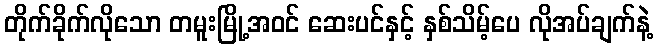
တိုက်ခိုက်လိုသော တမူးမြို့အဝင် ဆေးပင်နှင့် နှစ်သိမ့်ပေ လိုအပ်ချက်နဲ့